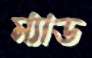
ম্যাড